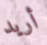
أريد